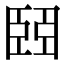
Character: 𦣩